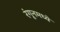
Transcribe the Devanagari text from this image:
रंगूनमध्ये